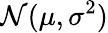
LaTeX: {\mathcal{N}}(\mu,\sigma^{2})